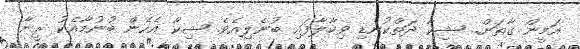
އަމީން ގާތަށް.. ޝިކާ ދަތްކުނޑި ވިކާލާފައި ބުނެލިއެވެ. ޝިކާ އެހެން ބުނުމާއެކު ރީނާ